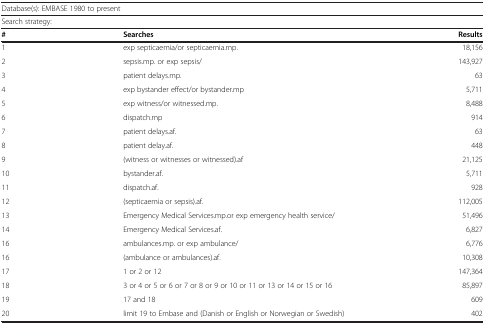
<table><thead><tr><td colspan="3"><b>Database(s): EMBASE 1980 to present</b></td></tr><tr><td colspan="3"><b>Search strategy:</b></td></tr><tr><td><b>#</b></td><td><b>Searches</b></td><td><b>Results</b></td></tr></thead><tbody><tr><td>1</td><td>exp septicaemia/or septicaemia.mp.</td><td>18,156</td></tr><tr><td>2</td><td>sepsis.mp. or exp sepsis/</td><td>143,927</td></tr><tr><td>3</td><td>patient delays.mp.</td><td>63</td></tr><tr><td>4</td><td>exp bystander effect/or bystander.mp</td><td>5,711</td></tr><tr><td>5</td><td>exp witness/or witnessed.mp.</td><td>8,488</td></tr><tr><td>6</td><td>dispatch.mp</td><td>914</td></tr><tr><td>7</td><td>patient delays.af.</td><td>63</td></tr><tr><td>8</td><td>patient delay.af.</td><td>448</td></tr><tr><td>9</td><td>(witness or witnesses or witnessed).af</td><td>21,125</td></tr><tr><td>10</td><td>bystander.af.</td><td>5,711</td></tr><tr><td>11</td><td>dispatch.af.</td><td>928</td></tr><tr><td>12</td><td>(septicaemia or sepsis).af.</td><td>112,005</td></tr><tr><td>13</td><td>Emergency Medical Services.mp.or exp emergency health service/</td><td>51,496</td></tr><tr><td>14</td><td>Emergency Medical Services.af.</td><td>6,827</td></tr><tr><td>16</td><td>ambulances.mp. or exp ambulance/</td><td>6,776</td></tr><tr><td>16</td><td>(ambulance or ambulances).af.</td><td>10,308</td></tr><tr><td>17</td><td>1 or 2 or 12</td><td>147,364</td></tr><tr><td>18</td><td>3 or 4 or 5 or 6 or 7 or 8 or 9 or 10 or 11 or 13 or 14 or 15 or 16</td><td>85,897</td></tr><tr><td>19</td><td>17 and 18</td><td>609</td></tr><tr><td>20</td><td>limit 19 to Embase and (Danish or English or Norwegian or Swedish)</td><td>402</td></tr></tbody></table>